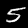
Label: 5